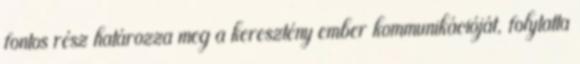
fontos rész határozza meg a keresztény ember kommunikációját, folytatta